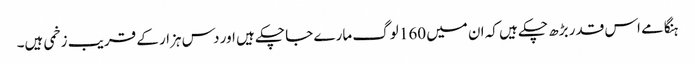
ہنگامے اس قدر بڑھ چکے ہیں کہ ان میں 160 لوگ مارے جا چکے ہیں اور دس ہزار کے قریب زخمی ہیں۔